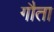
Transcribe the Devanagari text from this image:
गौता